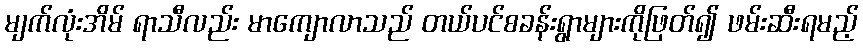
မျက်လုံးအိမ် ရာသီလည်း မာကျောလာသည် တယ်ပင်စခန်းရွာများကိုဖြတ်၍ ဖမ်းဆီးရမည့်